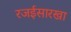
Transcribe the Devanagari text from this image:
रजईसारखा